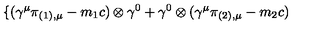
\{ ( { \gamma } ^ { \mu } { \pi } _ { ( 1 ) , \mu } - m _ { 1 } c ) \otimes { \gamma } ^ { 0 } + { \gamma } ^ { 0 } \otimes ( { \gamma } ^ { \mu } { \pi } _ { ( 2 ) , \mu } - m _ { 2 } c )